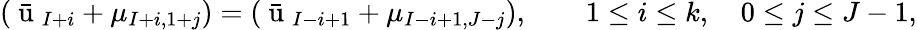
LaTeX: (\bar{\mathrm{~u~}}_{I+i}+\mu_{I+i,1+j})=(\bar{\mathrm{~u~}}_{I-i+1}+\mu_{I-i+1,J-j}),\qquad 1\leq i\leq k,\quad 0\leq j\leq J-1,